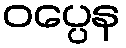
ဝပ္ပေန